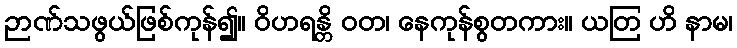
ဉာဏ်သဖွယ်ဖြစ်ကုန်၍။ ဝိဟရန္တိ ဝတ၊ နေကုန်စွတကား။ ယတြ ဟိ နာမ၊